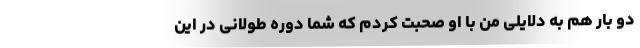
دو بار هم به دلایلی من با او صحبت کردم که شما دوره طولانی در این